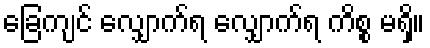
ခြေကျင် လျှောက်ရ လျှောက်ရ ကိစ္စ မရှိ။